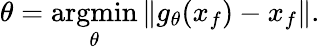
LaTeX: \theta=\underset{\theta}{\operatorname{argmin}}\| g_{\theta}(x_{f})-x_{f}\| .